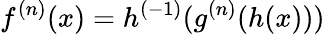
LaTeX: f^{(n)}(x)=h^{(-1)}(g^{(n)}(h(x)))\,